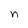
Character: n